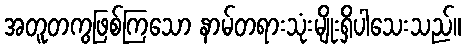
အတူတကွဖြစ်ကြသော နာမ်တရားသုံးမျိုးရှိပါသေးသည်။